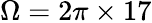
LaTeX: \Omega=2\pi\times 17